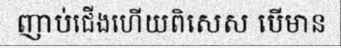
ញាប់ជើងហើយពិសេស បើមាន